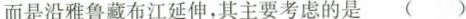
而是沿雅鲁藏布江延伸，其主要考虑的是 ( )